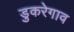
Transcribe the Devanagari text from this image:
डुकरेगाव